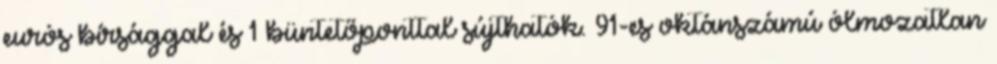
eurós bírsággal és 1 büntetőponttal sújthatók. 91-es oktánszámú ólmozatlan